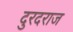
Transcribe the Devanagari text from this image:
दुरदराज